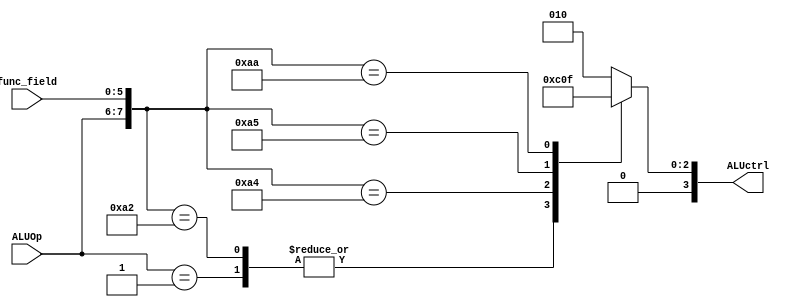
module ALUcontrol( ALUctrl, ALUOp, func_field);  
 
 output [3:0] ALUctrl;  
 input  [1:0] ALUOp;  
 input  [5:0] func_field;  
 
 wire [7:0] ALUcontrol_input;  

 assign ALUcontrol_input = {ALUOp,func_field};  
 always @(*) begin
 casex (ALUcontrol_input)  
  8'b00xxxxxx:ALUctrl=4'b0010;
  8'b01xxxxxx:ALUctrl=4'b0110;
  8'b10100000:ALUctrl=4'b0010;
  8'b10100010:ALUctrl=4'b0110;
  8'b10100100:ALUctrl=4'b0000;
  8'b10100101:ALUctrl=4'b0001;
  8'b10101010:ALUctrl=4'b0111;
  default:ALUctrl=4'b0010;  //defult is add   
  endcase  
  end
 endmodule